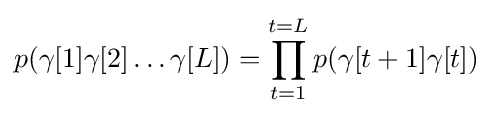
p(\gamma [1]\gamma [2]\ldots \gamma [L])=\prod _{t=1}^{t=L}p(\gamma [t+1]\gamma [t])